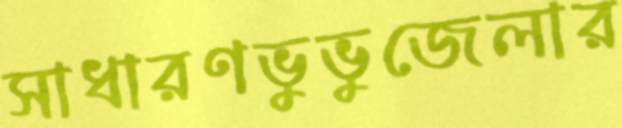
সাধারণভুভুজেলার